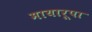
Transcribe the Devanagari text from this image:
मायारूपा